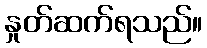
နှုတ်ဆက်ရသည်။